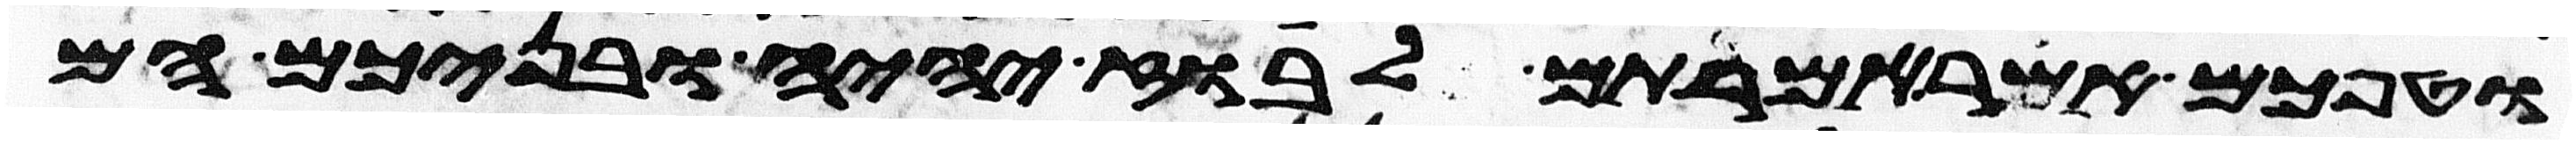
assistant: וטפכם אשר אמרתם לבוז יהיה ובניכם הם